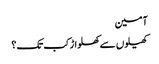
آمین
کھیلوں سے کھلواڑ کب تک؟